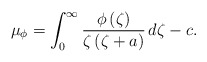
\begin{align*}\mu_{\phi}=\int_0^{\infty}\frac{\phi\left(\zeta\right)}{\zeta\left(\zeta+a\right)}\, d \zeta-c. \end{align*}